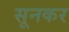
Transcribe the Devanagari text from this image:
सूनकर